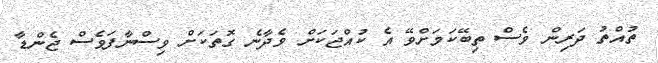
ތުއްތު ދަރިން ވެސް ތިބޭކަމަށްވޭ އެ ކުއްޖަކަށް ވެދާނެ ގޮތަކަށް ވިސްނާފަވެސް ޖެންޑާ